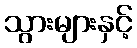
သွားများနှင့်